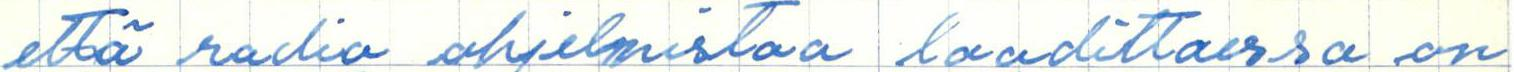
että radio ohjelmistoa laadittaessa on